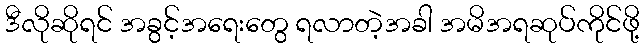
ဒီလိုဆိုရင် အခွင့်အရေးတွေ ရလာတဲ့အခါ အမိအရဆုပ်ကိုင်ဖို့